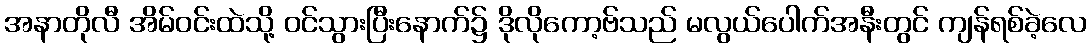
အနာတိုလီ အိမ်ဝင်းထဲသို့ ဝင်သွားပြီးနောက်၌ ဒိုလိုကော့ဗ်သည် မလွယ်ပေါက်အနီးတွင် ကျန်ရစ်ခဲ့လေ